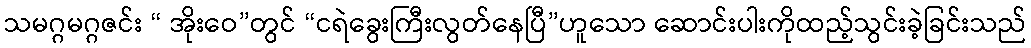
သမဂ္ဂမဂ္ဂဇင်း “ အိုးဝေ”တွင် “ငရဲခွေးကြီးလွတ်နေပြီ”ဟူသော ဆောင်းပါးကိုထည့်သွင်းခဲ့ခြင်းသည်